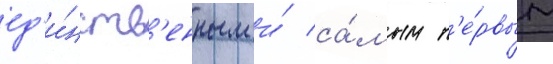
ед'и́нств'енным и́ са́мым п'е́рвым